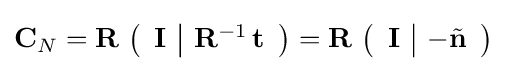
\mathbf {C} _{N}=\mathbf {R} \,\left({\begin{array}{c|c}\mathbf {I} &\mathbf {R} ^{-1}\,\mathbf {t} \end{array}}\right)=\mathbf {R} \,\left({\begin{array}{c|c}\mathbf {I} &-{\tilde {\mathbf {n} }}\end{array}}\right)